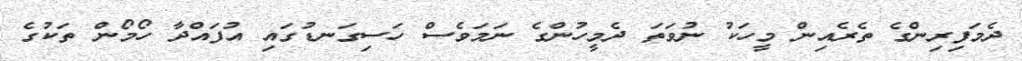
ދެމަފިރިންގެ ތެރެއިން މީހަކު ނުވަތަ ދެމީހުންގެ ނަމަވެސް ހަސިގަނޑުގައި އުފައްދާ ހޯމޯން ތަކުގެ